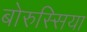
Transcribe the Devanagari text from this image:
बोरुस्सिया